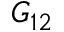
G _ { 1 2 }